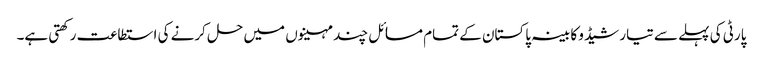
پارٹی کی پہلے سے تیار شیڈو کابینہ پاکستان کے تمام مسائل چند مہینوں میں حل کرنے کی استطاعت رکھتی ہے۔